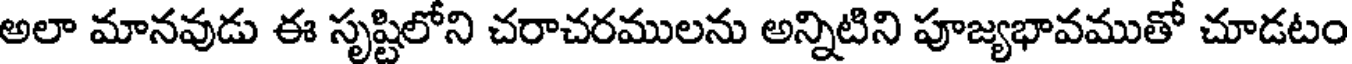
అలా మానవుడు ఈ సృష్టిలోని చరాచరములను అన్నిటిని పూజ్యభావముతో చూడటం